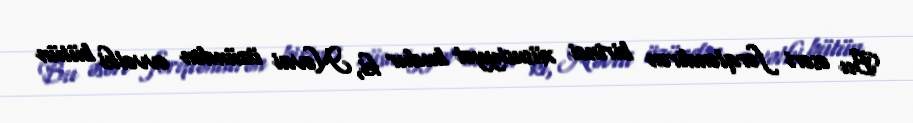
Bu əsəri fərqləndirən birinci xüsusiyyət budur ki, Nəvai özündən əvvəlki bütün